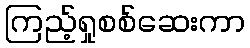
ကြည့်ရှုစစ်ဆေးကာ